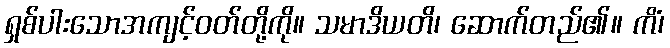
ရှစ်ပါးသောအကျင့်ဝတ်တို့ကို။ သမာဒိယတိ၊ ဆောက်တည်၏။ ကိံ၊